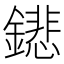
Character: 𨭍